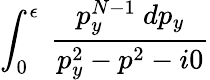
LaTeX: \int_{0}^{\epsilon}~\frac{p_{y}^{N-1}~dp_{y}}{p_{y}^{2}-p^{2}-i0}